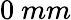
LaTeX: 0\ mm